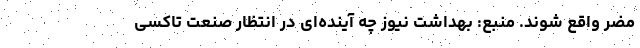
مضر واقع شوند. منبع: بهداشت نیوز چه آینده‌ای در انتظار صنعت تاکسی